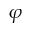
\boldsymbol { \varphi }